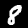
Label: 8